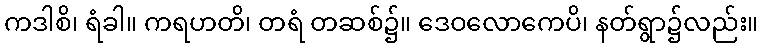
ကဒါစိ၊ ရံခါ။ ကရဟတိ၊ တရံ တဆစ်၌။ ဒေဝလောကေပိ၊ နတ်ရွာ၌လည်း။